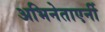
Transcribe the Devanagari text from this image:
अभिनेताएर्नी